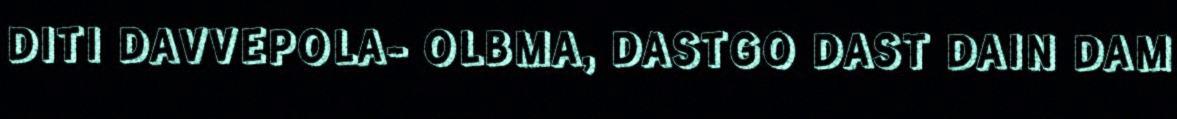
DITI DAVVEPOLA- OLBMA, DASTGO DAST DAIN DAM